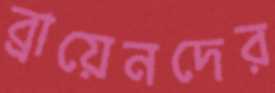
ব্রায়েনদের